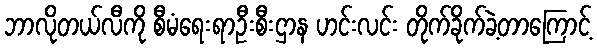
ဘာလိုတယ်လီကို စီမံရေးရာဦးစီးဌာန ဟင်းလင်း တိုက်ခိုက်ခဲ့တာကြောင့်